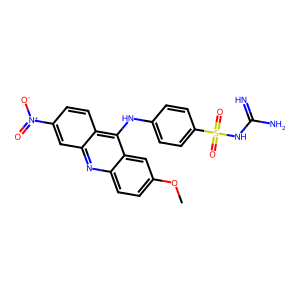
SMILES: COc1ccc2nc3cc([N+](=O)[O-])ccc3c(Nc3ccc(S(=O)(=O)NC(=N)N)cc3)c2c1
Inhibits HIV replication: No